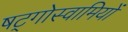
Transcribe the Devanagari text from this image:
षट्गोस्वामियों